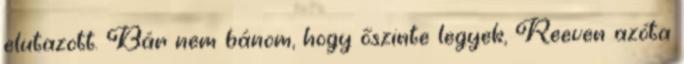
elutazott. Bár nem bánom, hogy őszinte legyek, Reeven azóta